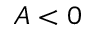
A < 0